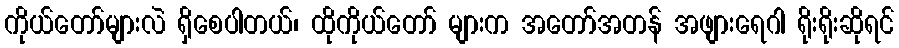
ကိုယ်တော်များလဲ ရှိစေပါတယ်၊ ထိုကိုယ်တော် များက အတော်အတန် အဖျားရေဂါ ရိုးရိုးဆိုရင်